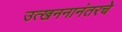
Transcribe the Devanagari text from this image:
उत्खननानंतरचे